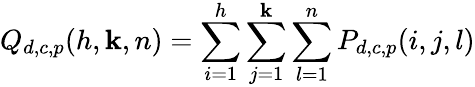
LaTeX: Q_{d,c,p}(h,\mathbf{k},n)=\sum_{i=1}^{h}\sum_{j=1}^{\mathbf{k}}\sum_{l=1}^{n}P_{d,c,p}(i,j,l)